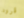
قرود